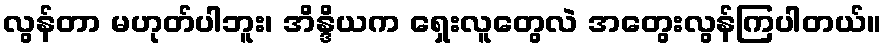
လွန်တာ မဟုတ်ပါဘူး၊ အိန္ဒိယက ရှေးလူတွေလဲ အတွေးလွန်ကြပါတယ်။